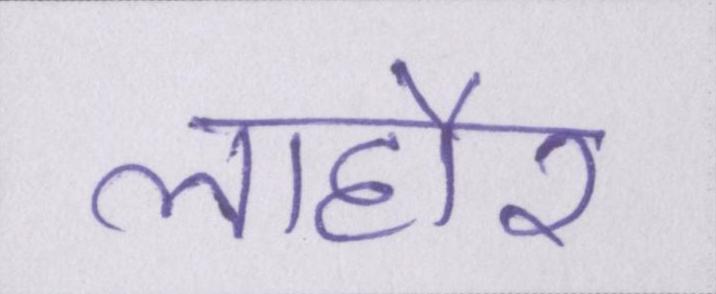
लाहौर